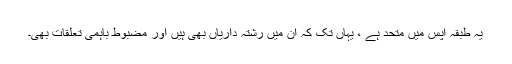
یہ طبقہ آپس میں متحد ہے ، یہاں تک کہ ان میں رشتہ داریاں بھی ہیں اور مضبوط باہمی تعلقات بھی۔